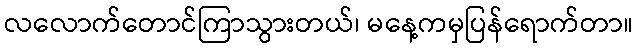
လလောက်တောင်ကြာသွားတယ်၊ မနေ့ကမှပြန်ရောက်တာ။